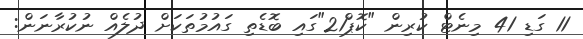
11 ގަޑި 41 މިނެޓް ކުރިން "ކޮޕް21"ގައި ބޮޑެތި ގައުމުތަކަށް ދުލެއް ނުކުރާނަން: